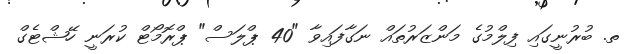
ތ. ބުރުނީގައި ފިލްމުގެ މަންޒަރުތައް ނަގާފައިވާ "40 ޕްލަސް" ޕްރޮމޯޓް ކުރަނީ ހޭޝްޓެގް